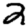
Digit: 2